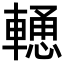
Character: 𨎢